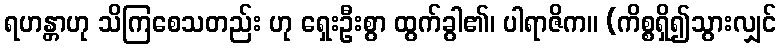
ရဟန္တာဟု သိကြစေသတည်း ဟု ရှေးဦးစွာ ထွက်ခွါ၏၊ ပါရာဇိက။ (ကိစ္စရှိ၍သွားလျှင်